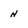
Character: N